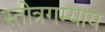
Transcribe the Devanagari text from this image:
स्तोत्रगम्याय